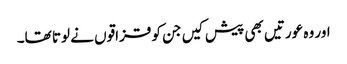
اور وہ عورتیں بھی پیش کیں جن کو قزاقوں نے لوتا تھا۔